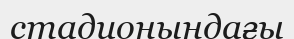
стадионындағы